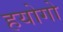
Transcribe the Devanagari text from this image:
हयोगो